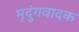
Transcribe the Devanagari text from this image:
मृदुंगवादक